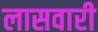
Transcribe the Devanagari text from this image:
लासवारी